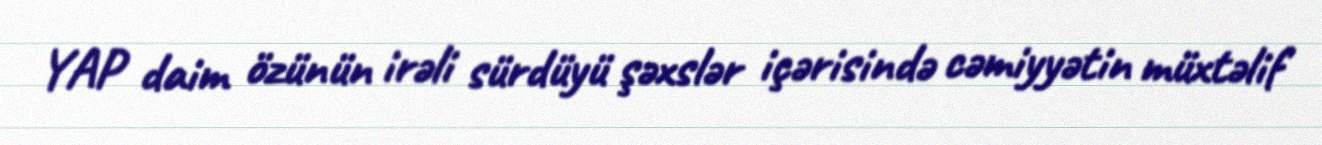
YAP daim özünün irəli sürdüyü şəxslər içərisində cəmiyyətin müxtəlif